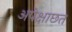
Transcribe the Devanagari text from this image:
अपेक्षाछत